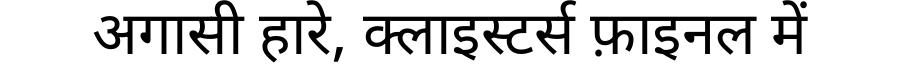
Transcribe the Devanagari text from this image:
अगासी हारे, क्लाइस्टर्स फ़ाइनल में